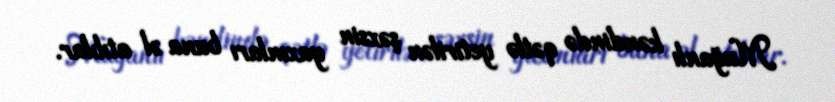
Muğanlı kəndində qətlə yetirilən şəxsin yaxınları buna əl atıblar.